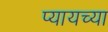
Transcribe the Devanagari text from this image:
प्यायच्या